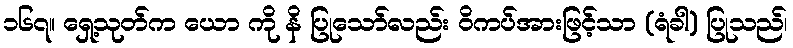
၁၆၇။ ရှေ့သုတ်က ယော ကို နိ ပြုသော်လည်း ဝိကပ်အားဖြင့်သာ (ရံခါ) ပြုသည်၊